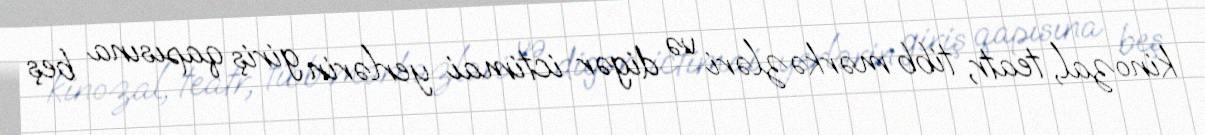
kinozal, teatr, tibb mərkəzləri və digər ictimai yerlərin giriş qapısına beş